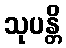
သုပန္တိ